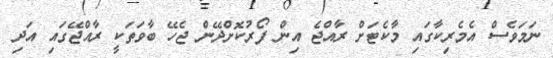
ނަމަވެސް އެމެރިކާގައި މާކެޓަށް ރާއްޖެ އިން ފޯރުކޮށްދޭން ޖެހޭ ބާވަތަކީ ރާއްޖޭގައި އަދި